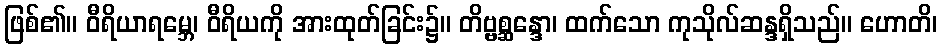
ဖြစ်၏။ ဝီရိယာရမ္ဘေ၊ ဝီရိယကို အားထုတ်ခြင်း၌။ တိဗ္ဗစ္ဆန္ဒော၊ ထက်သော ကုသိုလ်ဆန္ဒရှိသည်။ ဟောတိ၊